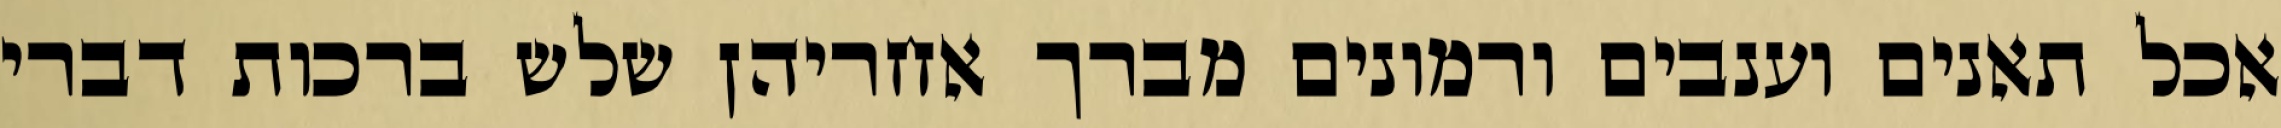
אכל תאנים וענבים ורמונים מברך אחריהן שלש ברכות דברי